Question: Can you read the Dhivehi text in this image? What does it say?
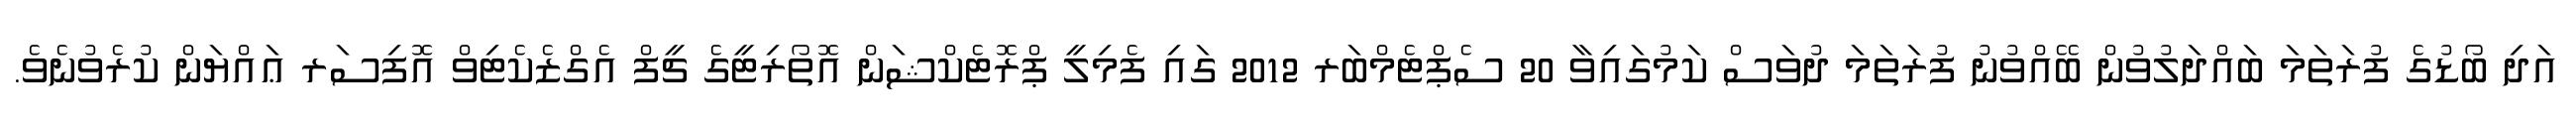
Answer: އަދި ބޯޑުގެ ފުރަތަމަ ބައްދަލުވުން ބޭއްވުނު ފުރަތަމަ ދުވަސް ކަމުގައިވާ 20 ސެޕްޓެމްބަރ 2012 ގައި ފެމިލީ ޕްރޮޓެކްޝަން އޮތޯރިޓީގެ ޗީފް އެގްޒެކެޓިވް އޮފިސަރ ޢައްޔަން ކުރެވުނެވެ.